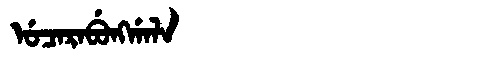
Manchu: ᡠᠴᠠᡵᠠᠪᡠᠩᡤᠠᠯᠠ
Romanization: UCARABUNGGALA